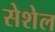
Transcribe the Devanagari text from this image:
सेशेल